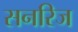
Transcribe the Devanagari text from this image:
सनरिज